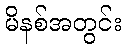
မိနစ်အတွင်း